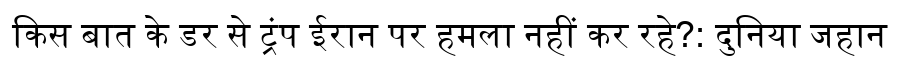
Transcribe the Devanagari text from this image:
किस बात के डर से ट्रंप ईरान पर हमला नहीं कर रहे?: दुनिया जहान